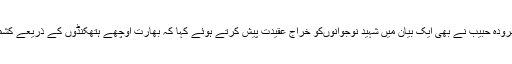
کشمیر تحریک خواتین کی چیئرپرسن زمرودہ حبیب نے بھی ایک بیان میں شہید نوجوانوںکو خراج عقیدت پیش کرتے ہوئے کہا کہ بھارت اوچھے ہتھکنڈوں کے ذریعے کشمیریوںکے جذبہ آزادی کو دبا نہیں سکتا۔